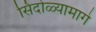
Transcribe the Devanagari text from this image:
सिंदोळ्यामागे